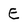
Character: E